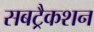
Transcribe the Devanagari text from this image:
सबट्रैकशन